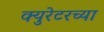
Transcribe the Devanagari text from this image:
क्युरेटरच्या